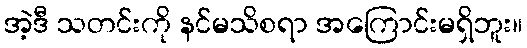
အဲ့ဒီ သတင်းကို နင်မသိစရာ အကြောင်းမရှိဘူး။